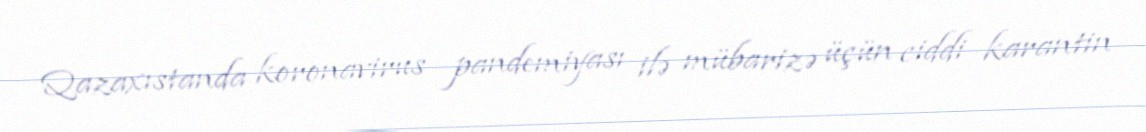
Qazaxıstanda koronavirus pandemiyası ilə mübarizə üçün ciddi karantin